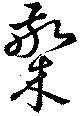
檠